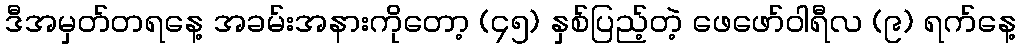
ဒီအမှတ်တရနေ့ အခမ်းအနားကိုတော့ (၄၅) နှစ်ပြည့်တဲ့ ဖေဖော်ဝါရီလ (၉) ရက်နေ့